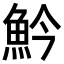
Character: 䰼